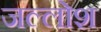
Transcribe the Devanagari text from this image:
जल्लोश